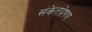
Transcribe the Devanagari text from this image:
संकेतप्रेषण